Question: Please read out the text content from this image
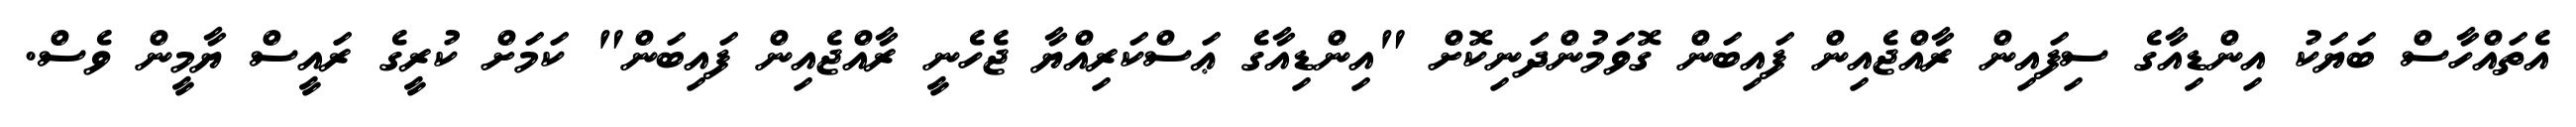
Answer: އެތައްހާސް ބަޔަކު އިންޑިއާގެ ސިފައިން ރާއްޖެއިން ފައިބަން ގޮވަމުންދަނިކޮށް "އިންޑިއާގެ ޢަސްކަރިއްޔާ ޖެހެނީ ރާއްޖެއިން ފައިބަން" ކަމަށް ކުރީގެ ރައީސް ޔާމީން ވެސް.